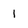
Character: 1